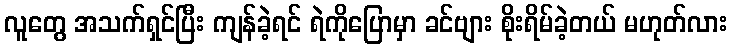
လူတွေ အသက်ရှင်ပြီး ကျန်ခဲ့ရင် ရဲကိုပြောမှာ ခင်ဗျား စိုးရိမ်ခဲ့တယ် မဟုတ်လား